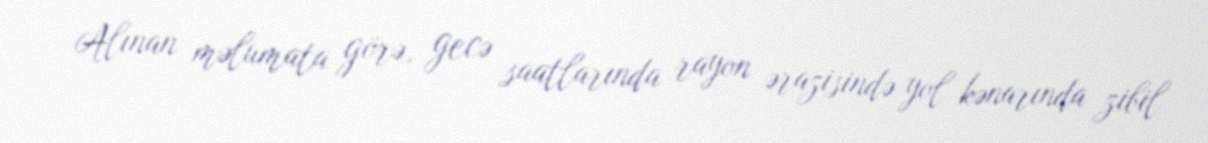
Alınan məlumata görə, gecə saatlarında rayon ərazisində yol kənarında zibil